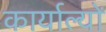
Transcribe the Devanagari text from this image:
कार्याल्यों